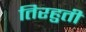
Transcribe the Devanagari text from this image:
तिरहुती